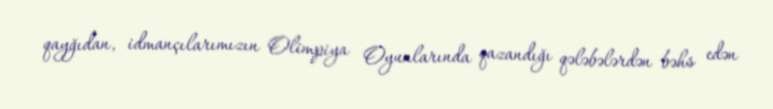
qayğıdan, idmançılarımızın Olimpiya Oyunlarında qazandığı qələbələrdən bəhs edən